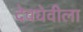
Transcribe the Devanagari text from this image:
देवघेवीला